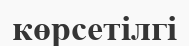
көрсетілгі